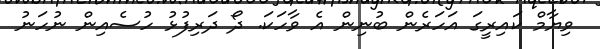
ވިޔާމް ކައިރީގަ އަހަރެން ބުނިން އެ ވާހަކަ. ދޯ ދަރިފުޅު ހުސެއިން ނުހަނު